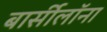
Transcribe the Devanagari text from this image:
बार्सीलॉना